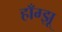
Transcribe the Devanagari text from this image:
हाँग्झू